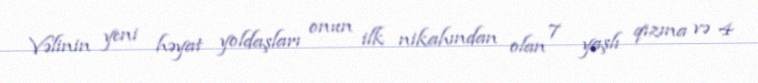
Vəlinin yeni həyat yoldaşları onun ilk nikahından olan 7 yaşlı qızına və 4